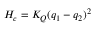
H _ { c } = K _ { Q } ( q _ { 1 } - q _ { 2 } ) ^ { 2 }